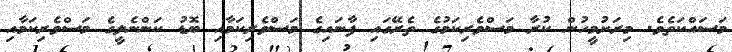
މަސައްކަތެވެ. މިރަށުމީހުން ކުރާ މަސްވެރިކަމުގެ ތެރޭގައި ފާނައިގެ މަސްވެރިކަމާއި ބޮޑު ކަންނެލީގެ މަސްވެރިކަމާއި